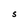
Character: S